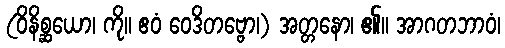
(ဝိနိစ္ဆယော၊ ကို။ ဧဝံ ဝေဒိတဗ္ဗော၊) အတ္တနော၊ ၏။ အာဂတဘာဝံ၊